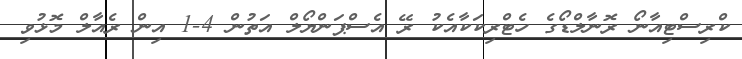
ކްރިސްޓިއާނޯ ރޮނާލްޑޯގެ ހެޓްރިކަކާއެކު ރޭ އެސްޕަންޔޯލް އަތުން 4-1 އިން ރެއާލް މޮޅުވި